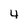
Character: 4